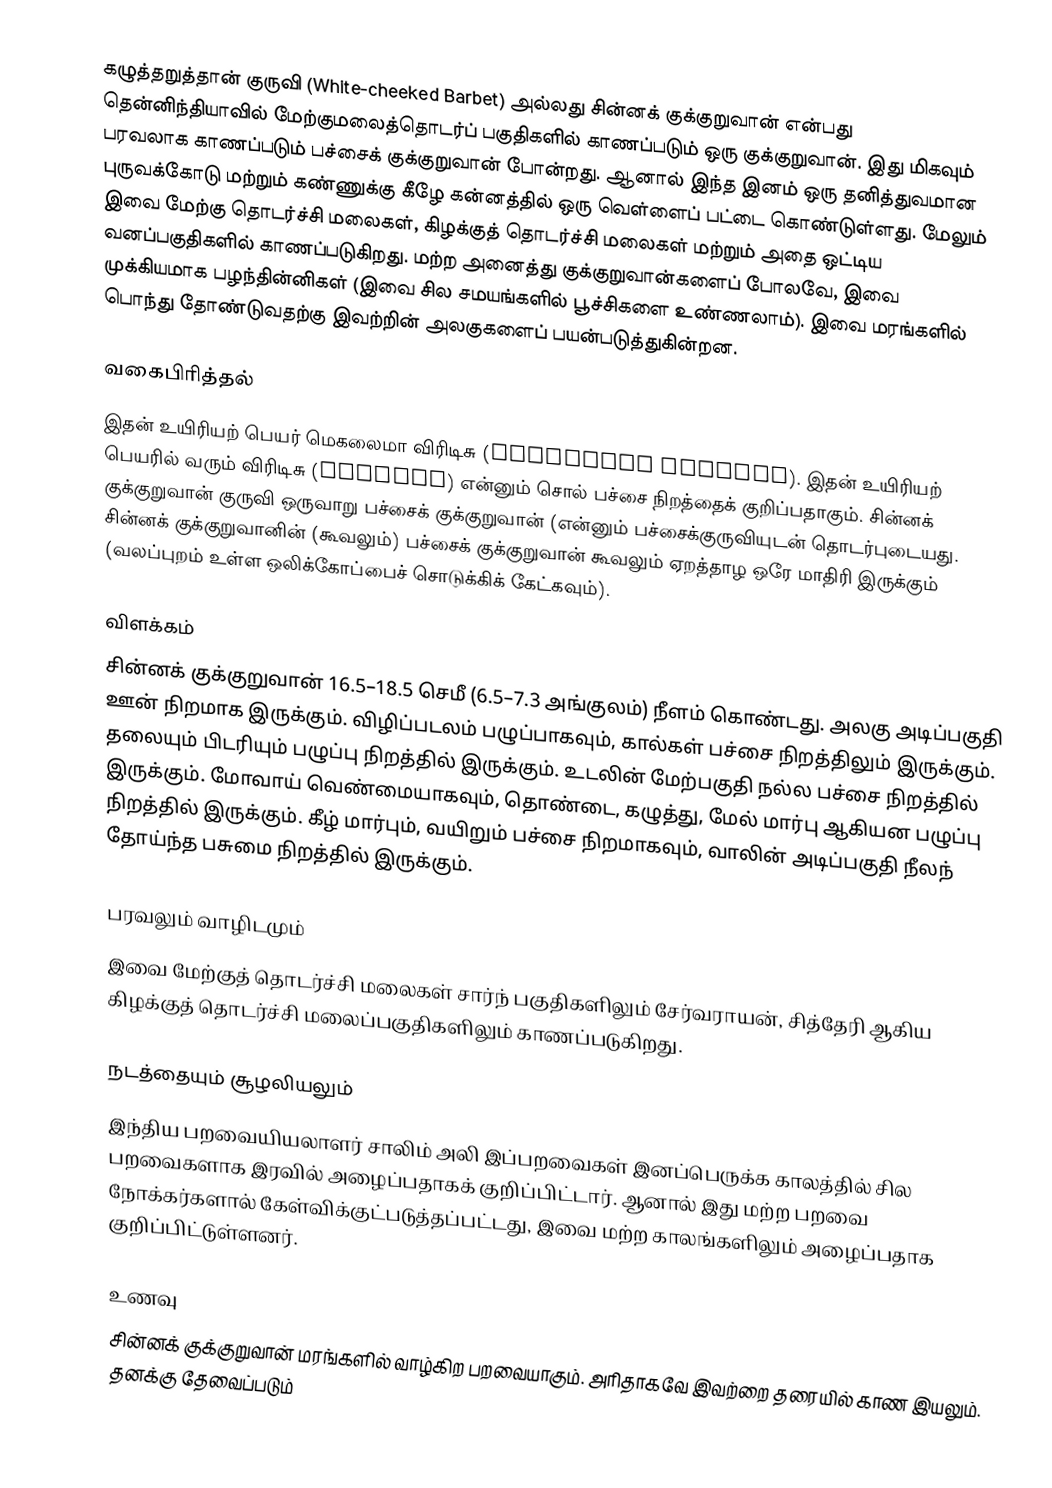
கழுத்தறுத்தான் குருவி (White-cheeked Barbet) அல்லது சின்னக் குக்குறுவான் என்பது தென்னிந்தியாவில் மேற்குமலைத்தொடர்ப் பகுதிகளில் காணப்படும் ஒரு குக்குறுவான். இது மிகவும் பரவலாக காணப்படும் பச்சைக் குக்குறுவான் போன்றது. ஆனால் இந்த இனம் ஒரு தனித்துவமான புருவக்கோடு மற்றும் கண்ணுக்கு கீழே கன்னத்தில் ஒரு வெள்ளைப் பட்டை கொண்டுள்ளது. மேலும் இவை மேற்கு தொடர்ச்சி மலைகள், கிழக்குத் தொடர்ச்சி மலைகள் மற்றும் அதை ஒட்டிய வனப்பகுதிகளில் காணப்படுகிறது. மற்ற அனைத்து குக்குறுவான்களைப் போலவே, இவை முக்கியமாக பழந்தின்னிகள் (இவை சில சமயங்களில் பூச்சிகளை உண்ணலாம்). இவை மரங்களில் பொந்து தோண்டுவதற்கு இவற்றின் அலகுகளைப் பயன்படுத்துகின்றன.

வகைபிரித்தல்
இதன் உயிரியற் பெயர் மெகலைமா விரிடிசு (Megalaima viridis). இதன் உயிரியற் பெயரில் வரும் விரிடிசு (viridis) என்னும் சொல் பச்சை நிறத்தைக் குறிப்பதாகும். சின்னக் குக்குறுவான் குருவி ஒருவாறு பச்சைக் குக்குறுவான் (என்னும் பச்சைக்குருவியுடன் தொடர்புடையது. சின்னக் குக்குறுவானின் (கூவலும்) பச்சைக் குக்குறுவான் கூவலும் ஏறத்தாழ ஒரே மாதிரி இருக்கும் (வலப்புறம் உள்ள ஒலிக்கோப்பைச் சொடுக்கிக் கேட்கவும்).

விளக்கம்
சின்னக் குக்குறுவான் 16.5–18.5 செமீ (6.5–7.3 அங்குலம்) நீளம் கொண்டது. அலகு அடிப்பகுதி ஊன் நிறமாக இருக்கும். விழிப்படலம் பழுப்பாகவும், கால்கள் பச்சை நிறத்திலும் இருக்கும். தலையும் பிடரியும் பழுப்பு நிறத்தில் இருக்கும். உடலின் மேற்பகுதி நல்ல பச்சை நிறத்தில் இருக்கும். மோவாய் வெண்மையாகவும், தொண்டை, கழுத்து, மேல் மார்பு ஆகியன பழுப்பு நிறத்தில் இருக்கும். கீழ் மார்பும், வயிறும் பச்சை நிறமாகவும், வாலின் அடிப்பகுதி நீலந் தோய்ந்த பசுமை நிறத்தில் இருக்கும்.

பரவலும் வாழிடமும்
இவை மேற்குத் தொடர்ச்சி மலைகள் சார்ந் பகுதிகளிலும் சேர்வராயன், சித்தேரி ஆகிய கிழக்குத் தொடர்ச்சி மலைப்பகுதிகளிலும் காணப்படுகிறது.

நடத்தையும் சூழலியலும்
இந்திய பறவையியலாளர் சாலிம் அலி இப்பறவைகள் இனப்பெருக்க காலத்தில் சில பறவைகளாக இரவில் அழைப்பதாகக் குறிப்பிட்டார். ஆனால் இது மற்ற பறவை நோக்கர்களால் கேள்விக்குட்படுத்தப்பட்டது, இவை மற்ற காலங்களிலும் அழைப்பதாக குறிப்பிட்டுள்ளனர்.

உணவு
சின்னக் குக்குறுவான் மரங்களில் வாழ்கிற பறவையாகும். அரிதாகவே இவற்றை தரையில் காண இயலும். தனக்கு தேவைப்படும்